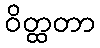
ဝိတ္ထတာ